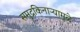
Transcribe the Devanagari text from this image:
समुद्रकिनाऱ्यामुळे